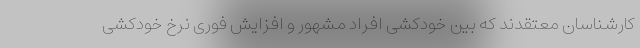
کارشناسان معتقدند که بین خودکشی افراد مشهور و افزایش فوری نرخ خودکشی